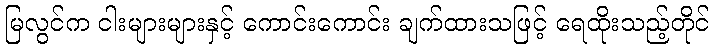
မြလွင်က ငါးများများနှင့် ကောင်းကောင်း ချက်ထားသဖြင့် ရေထိုးသည့်တိုင်